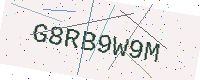
Text: G8RB9W9M